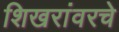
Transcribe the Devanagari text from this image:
शिखरांवरचे